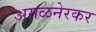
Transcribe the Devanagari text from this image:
अमळनेरकर